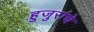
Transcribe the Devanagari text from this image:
हुजुरांचे